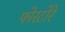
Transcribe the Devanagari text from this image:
फोरटोरे